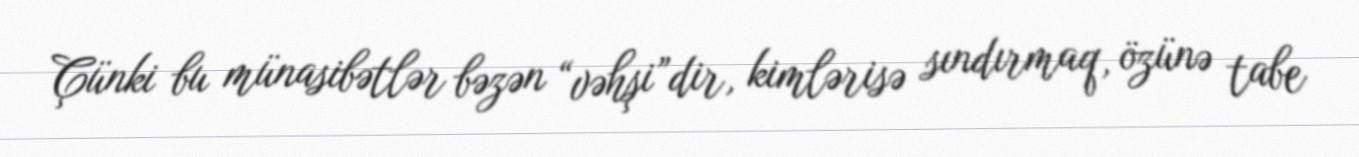
Çünki bu münasibətlər bəzən “vəhşi”dir, kimlərisə sındırmaq, özünə tabe